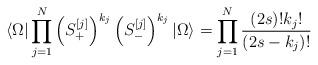
LaTeX: \begin{align*}\langle \Omega| \prod_{j=1}^N\left(S_+^{[j]}\right)^{k_j}\left(S_-^{[j]}\right)^{k_j}|\Omega\rangle= \prod_{j=1}^N\frac{(2s)!k_j!}{(2s-k_j)!}\end{align*}